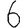
Digit: 6